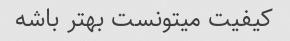
کیفیت میتونست بهتر باشه